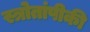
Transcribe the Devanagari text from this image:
स्त्रोतांपीकी